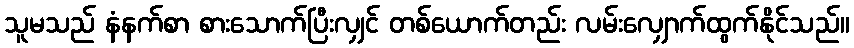
သူမသည် နံနက်စာ စားသောက်ပြီးလျှင် တစ်ယောက်တည်း လမ်းလျှောက်ထွက်နိုင်သည်။